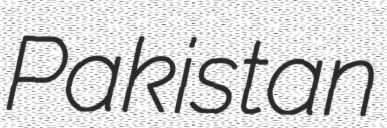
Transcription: Pakistan